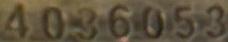
4036053